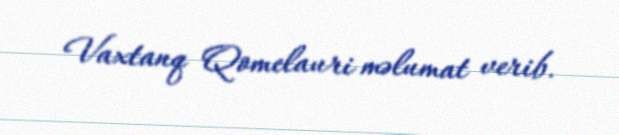
Vaxtanq Qomelauri məlumat verib.